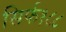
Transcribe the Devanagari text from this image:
सिर्फ१८८